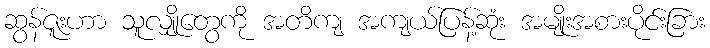
ဆွန်ဇူးဟာ သူလျှိုတွေကို အတိကျ အကျယ်ပြန့်ဆုံး အမျိုးအစားပိုင်းခြား